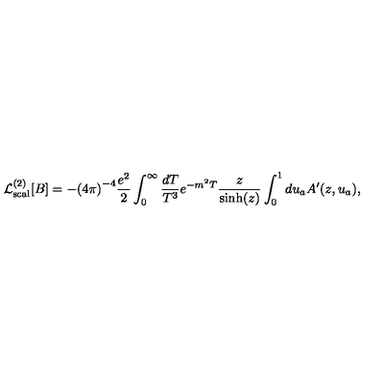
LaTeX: { \cal L } _ { \mathrm { s c a l } } ^ { ( 2 ) } [ B ] = - { ( 4 \pi ) } ^ { - 4 } { \frac { e ^ { 2 } } { 2 } } \int _ { 0 } ^ { \infty } { \frac { d T } { T ^ { 3 } } } e ^ { - m ^ { 2 } T } { \frac { z } { \sinh ( z ) } } \int _ { 0 } ^ { 1 } d u _ { a } A ^ { \prime } ( z , u _ { a } ) ,